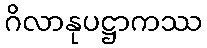
ဂိလာနုပဋ္ဌာကဿ